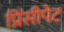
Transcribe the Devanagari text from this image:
प्रिंसीपेट